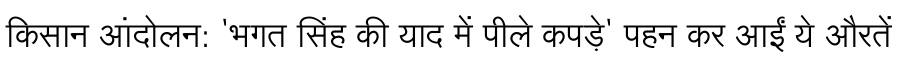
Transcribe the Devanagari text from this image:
किसान आंदोलन: 'भगत सिंह की याद में पीले कपड़े' पहन कर आईं ये औरतें